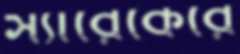
স্যারেকেরে